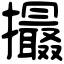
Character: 𢸶